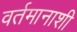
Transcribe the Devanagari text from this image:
वर्तमानाशी